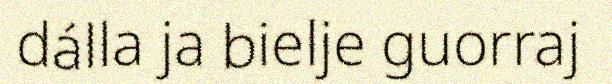
dálla ja bielje guorraj